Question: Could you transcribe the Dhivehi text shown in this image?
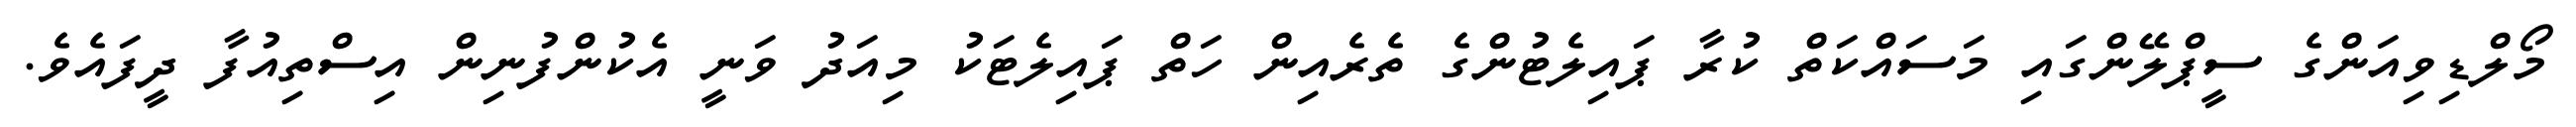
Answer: މޯލްޑިވިއަންގެ ސީޕްލޭންގައި މަސައްކަތް ކުރާ ޕައިލެޓުންގެ ތެރެއިން ހަތް ޕައިލެޓަކު މިއަދު ވަނީ އެކުންފުނިން އިސްތިއުފާ ދީފައެވެ.